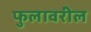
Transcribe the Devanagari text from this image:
फुलावरील